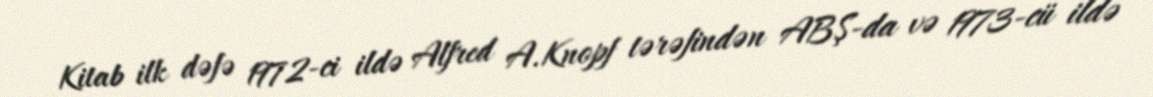
Kitab ilk dəfə 1972-ci ildə Alfred A.Knopf tərəfindən ABŞ-da və 1973-cü ildə